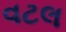
વટલ